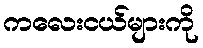
ကလေးငယ်များကို